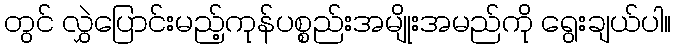
တွင် လွှဲပြောင်းမည့်ကုန်ပစ္စည်းအမျိုးအမည်ကို ရွေးချယ်ပါ။